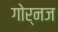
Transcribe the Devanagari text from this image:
गोर्नज